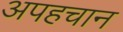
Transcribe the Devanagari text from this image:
अपहचान